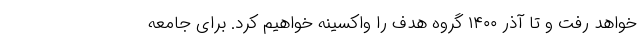
خواهد رفت و تا آذر ۱۴۰۰ گروه هدف را واکسینه خواهیم کرد. برای جامعه